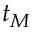
t _ { M }